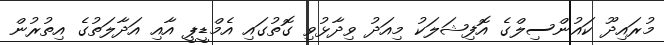
މުރައިދޫ ކައުންސިލްގެ އޮފިޝަލަކު މިއަދު ވިދާޅުވި ގޮތުގައި އެމްޑީޕީ އާއި އަދާލަތުގެ އިތުރުން